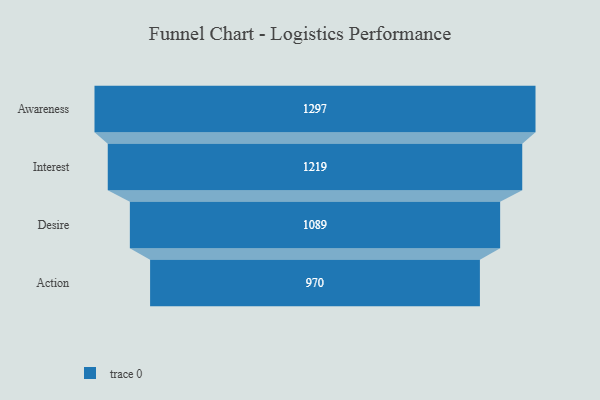
{"axis": {"x": "Stage", "y": "Value"}, "legend": [""], "data": [{"x": "Awareness", "y": 1297.0, "type": ""}, {"x": "Interest", "y": 1219.0, "type": ""}, {"x": "Desire", "y": 1089.0, "type": ""}, {"x": "Action", "y": 970.0, "type": ""}]}